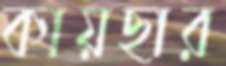
কায়ছার